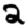
Digit: 2